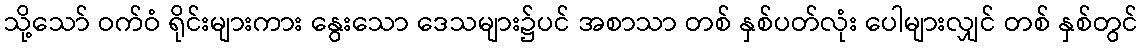
သို့သော် ဝက်ဝံ ရိုင်းများကား နွေးသော ဒေသများ၌ပင် အစာသာ တစ် နှစ်ပတ်လုံး ပေါများလျှင် တစ် နှစ်တွင်